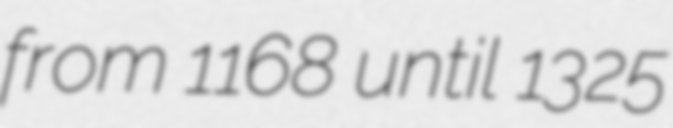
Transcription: from 1168 until 1325